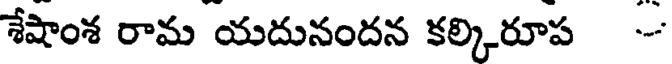
శేషాంశ రామ యదునందన కల్కిరూప --